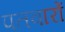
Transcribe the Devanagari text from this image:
पतवारों